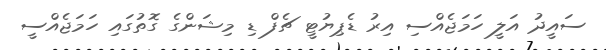
ސައީދު އަލީ ހަމަޖެއްސި އިރު ޑެޕިޔުޓީ ޗެފް ޑި މިޝަންގެ ގޮތުގައި ހަމަޖެއްސީ